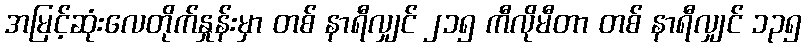
အမြင့်ဆုံးလေတိုက်နှုန်းမှာ တစ် နာရီလျှင် ၂၁၅ ကီလိုမီတာ တစ် နာရီလျှင် ၁၃၅